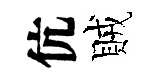
伉賊